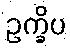
ဥက္ခိပ